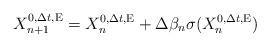
LaTeX: \begin{align*}X_{n+1}^{0,\Delta t,{\rm E}}=X_{n}^{0,\Delta t,{\rm E}}+\Delta \beta_n\sigma(X_n^{0,\Delta t,{\rm E}})\end{align*}